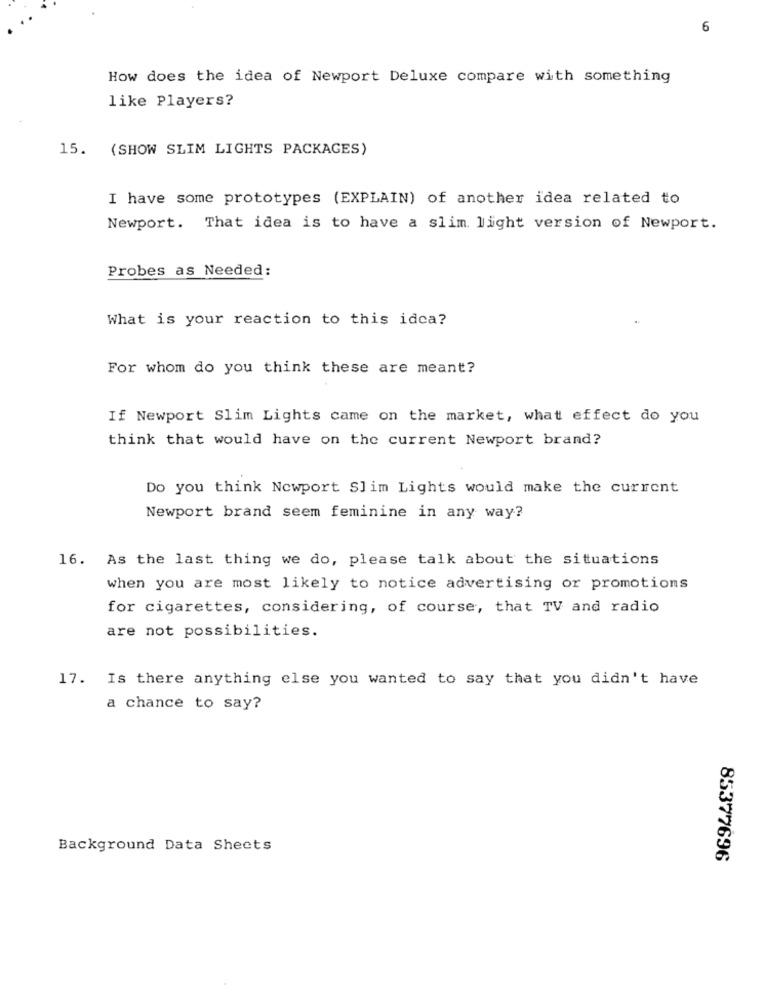
6
How does the idea of Newport Deluxe compare with something
like Players?
15. (SHOW SLIM LIGHTS PACKAGES)
I have some prototypes (EXPLAIN) of another idea related to
Newport. That idea is to have a slim light version of Newport.
Probes as Needed:
What is your reaction to this idea?
For whom do you think these are meant?
If Newport Slim Lights came on the market, what effect do you
think that would have on the current Newport brand?
Do you think Newport Slim Lights would make the current
Newport brand seem feminine in any way?
16. As the last thing we do, please talk about the situations
when you are most likely to notice advertising or promotions
for cigarettes, considering, of course, that TV and radio
are not possibilities.
17. Is there anything else you wanted to say that you didn't have
a chance to say?
Background Data Sheets
85377696